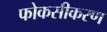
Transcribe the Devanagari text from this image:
फोकसीकरण